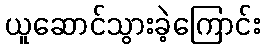
ယူဆောင်သွားခဲ့ကြောင်း